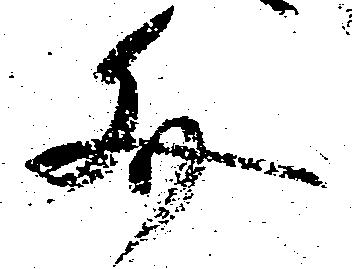
文